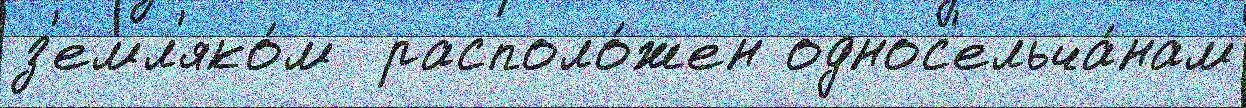
з'емл'яко́м  располо́жен однос'ельча́нам